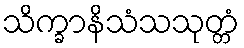
သိက္ခာနိသံသသုတ္တံ